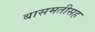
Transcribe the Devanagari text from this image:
बासमतीसह